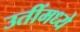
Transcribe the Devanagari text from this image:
उतींमध्ये